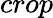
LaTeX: crop